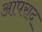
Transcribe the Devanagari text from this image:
आपराद